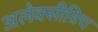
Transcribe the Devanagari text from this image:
अलेक्सीविच